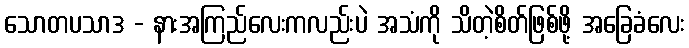
သောတပသာဒ - နားအကြည်လေးကလည်းပဲ အသံကို သိတဲ့စိတ်ဖြစ်ဖို့ အခြေခံလေး